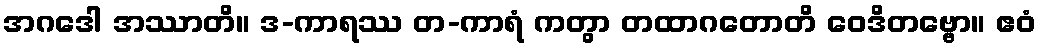
အဂဒေါ အဿာတိ။ ဒ-ကာရဿ တ-ကာရံ ကတွာ တထာဂတောတိ ဝေဒိတဗ္ဗော။ ဧဝံ